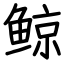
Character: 鲸